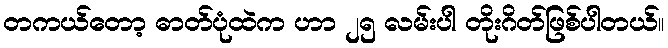
တကယ်တော့ ဓာတ်ပုံထဲက ဟာ ၂၅ လမ်းပါ တိုးဂိတ်ဖြစ်ပါတယ်။